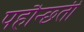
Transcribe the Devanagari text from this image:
पहौन्छ्ती